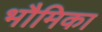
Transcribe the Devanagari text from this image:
भौमिका